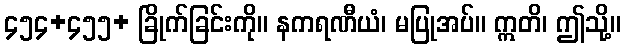
၄၅၄+၄၅၅+ ခြိုက်ခြင်းကို။ နကရဏီယံ၊ မပြုအပ်။ ဣတိ၊ ဤသို့။